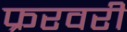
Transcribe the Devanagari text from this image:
फ्ररवरी